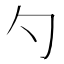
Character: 勺